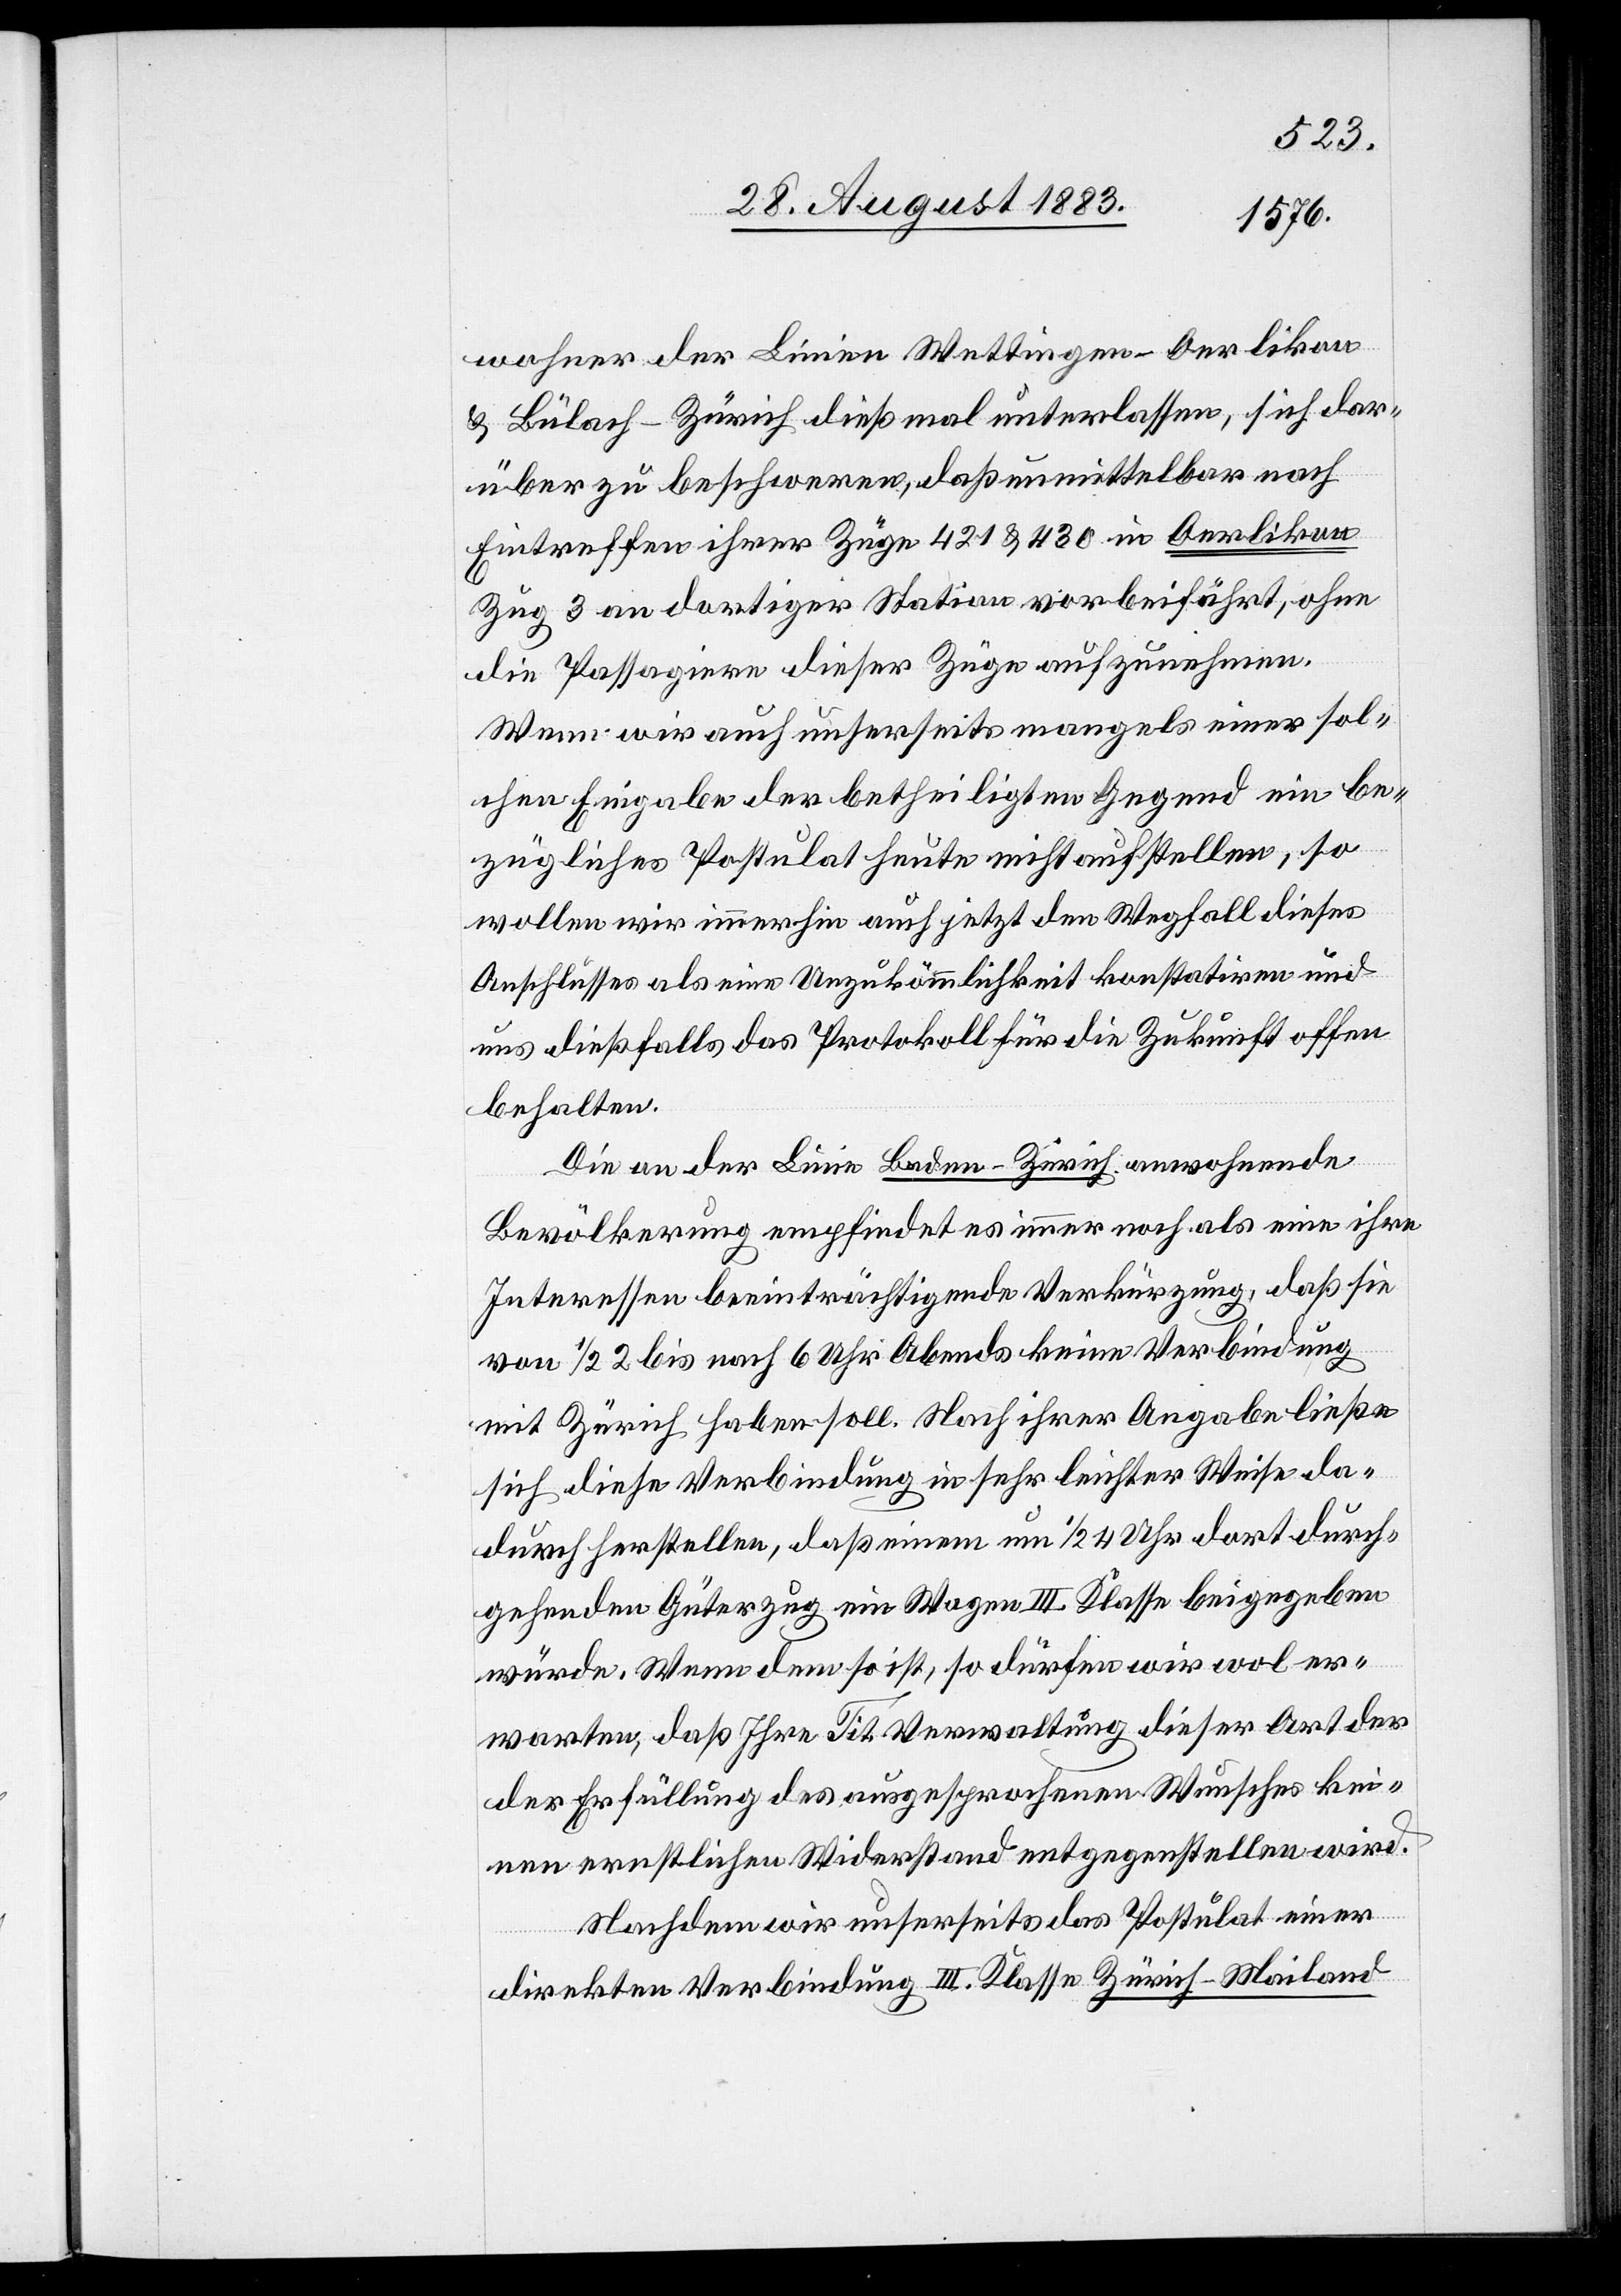
wohner der Linien Wettingen–Oerlikon
& Bülach–Zürich dießmal unterlassen, sich dar¬
über zu beschweren, daß unmittelbar nach
Eintreffen ihrer Züge 421 & 430 in Oerlikon
Zug 3 an dortiger Station vorbeifährt, ohne
die Passagiere dieser Züge aufzunehmen.
Wenn wir auch unserseits mangels einer sol¬
chen Eingabe der betheiligten Gegend ein be¬
zügliches Postulat heute nicht aufstellen, so
wollen wir immerhin auch jetzt den Wegfall dieses
Anschlusses als eine Unzukömmlichkeit konstatiren und
uns dießfalls das Protokoll für die Zukunft offen
behalten.
Die an der Linie Baden–Zürich anwohnende
Bevölkerung empfindet es immer noch als eine ihre
Interessen beeinträchtigende Verkürzung, daß sie
von 1/2 2 bis nach 6 Uhr Abends keine Verbindung
mit Zürich haben soll. Nach ihrer Angabe ließe
sich diese Verbindung in sehr leichter Weise da¬
durch herstellen, daß einem um 1/2 4 Uhr dort durch¬
gehenden Güterzug ein Wagen III. Klasse beigegeben
würde. Wenn dem so ist, so dürfen wir wol er¬
warten, daß Ihre Tit. Verwaltung dieser Art der
Erfüllung des ausgesprochenen Wunsches kei¬
nen ernstlichen Widerstand entgegenstellen wird.
Nachdem wir unserseits das Postulat einer
der
direkten Verbindung III. Klasse Zürich–Mailand